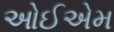
ઓઈએમ